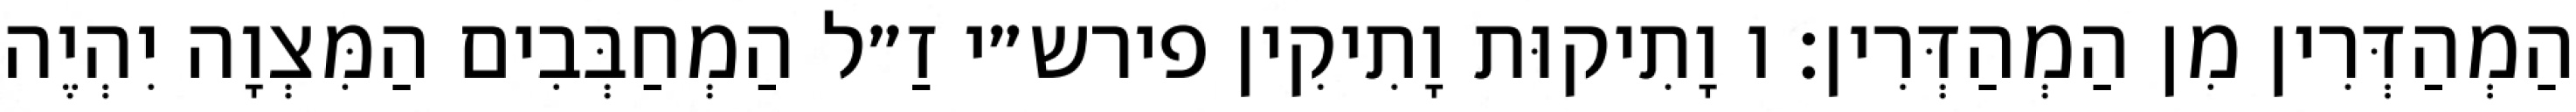
הַמְהַדְּרִין מִן הַמְהַדְּרִין: ו וָתִיקוּת וָתִיקִין פירש״י זַ״ל הַמְחַבְּבִים הַמִּצְוָה יִהְיֶה